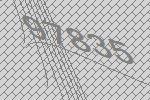
97835